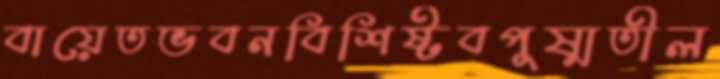
বায়েতভবনবিশিষ্টবপুষ্মতীল